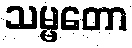
သမ္မတော